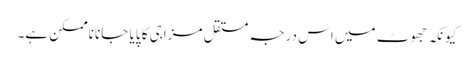
کیونکہ جھوٹ میں اس درجہ مستقل مزاجی کا پایا جانا ناممکن ہے۔